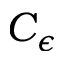
C _ { \epsilon }